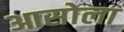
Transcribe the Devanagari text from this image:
आसोला